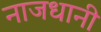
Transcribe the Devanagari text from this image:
नाजधानी